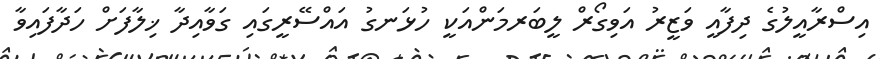
އިސްރާއީލުގެ ދިފާއީ ވަޒީރު އަވިގޯރް ލީބަރމަންއަކީ ހުޅަނގު އައްސޭރީގައި ގަވާއިދާ ޚިލާފަށް ހަދާފައިވާ